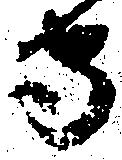
守